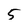
Character: 5